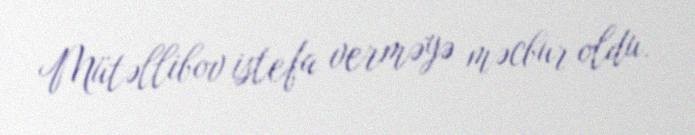
Mütəllibov istefa verməyə məcbur oldu.